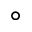
^ { \circ }